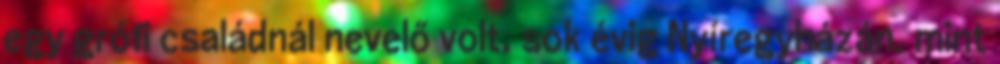
egy grófi családnál nevelő volt, sok évig Nyíregyházán, mint